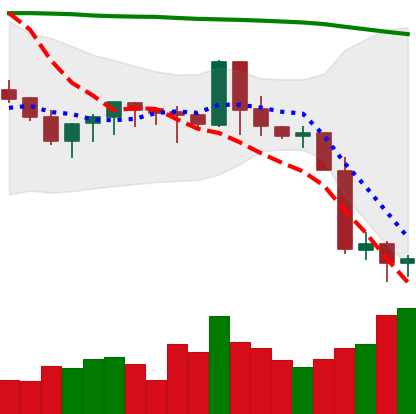
Ticker: XMR-USD
Chart end date: 2019-09-27
Forward return: -3.413%
Label: down_3_5